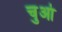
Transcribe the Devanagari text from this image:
चुआं